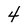
Character: 4